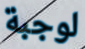
لوجبة